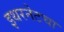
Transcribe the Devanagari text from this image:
इथरनेटचा